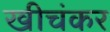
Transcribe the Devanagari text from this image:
खीचंकर